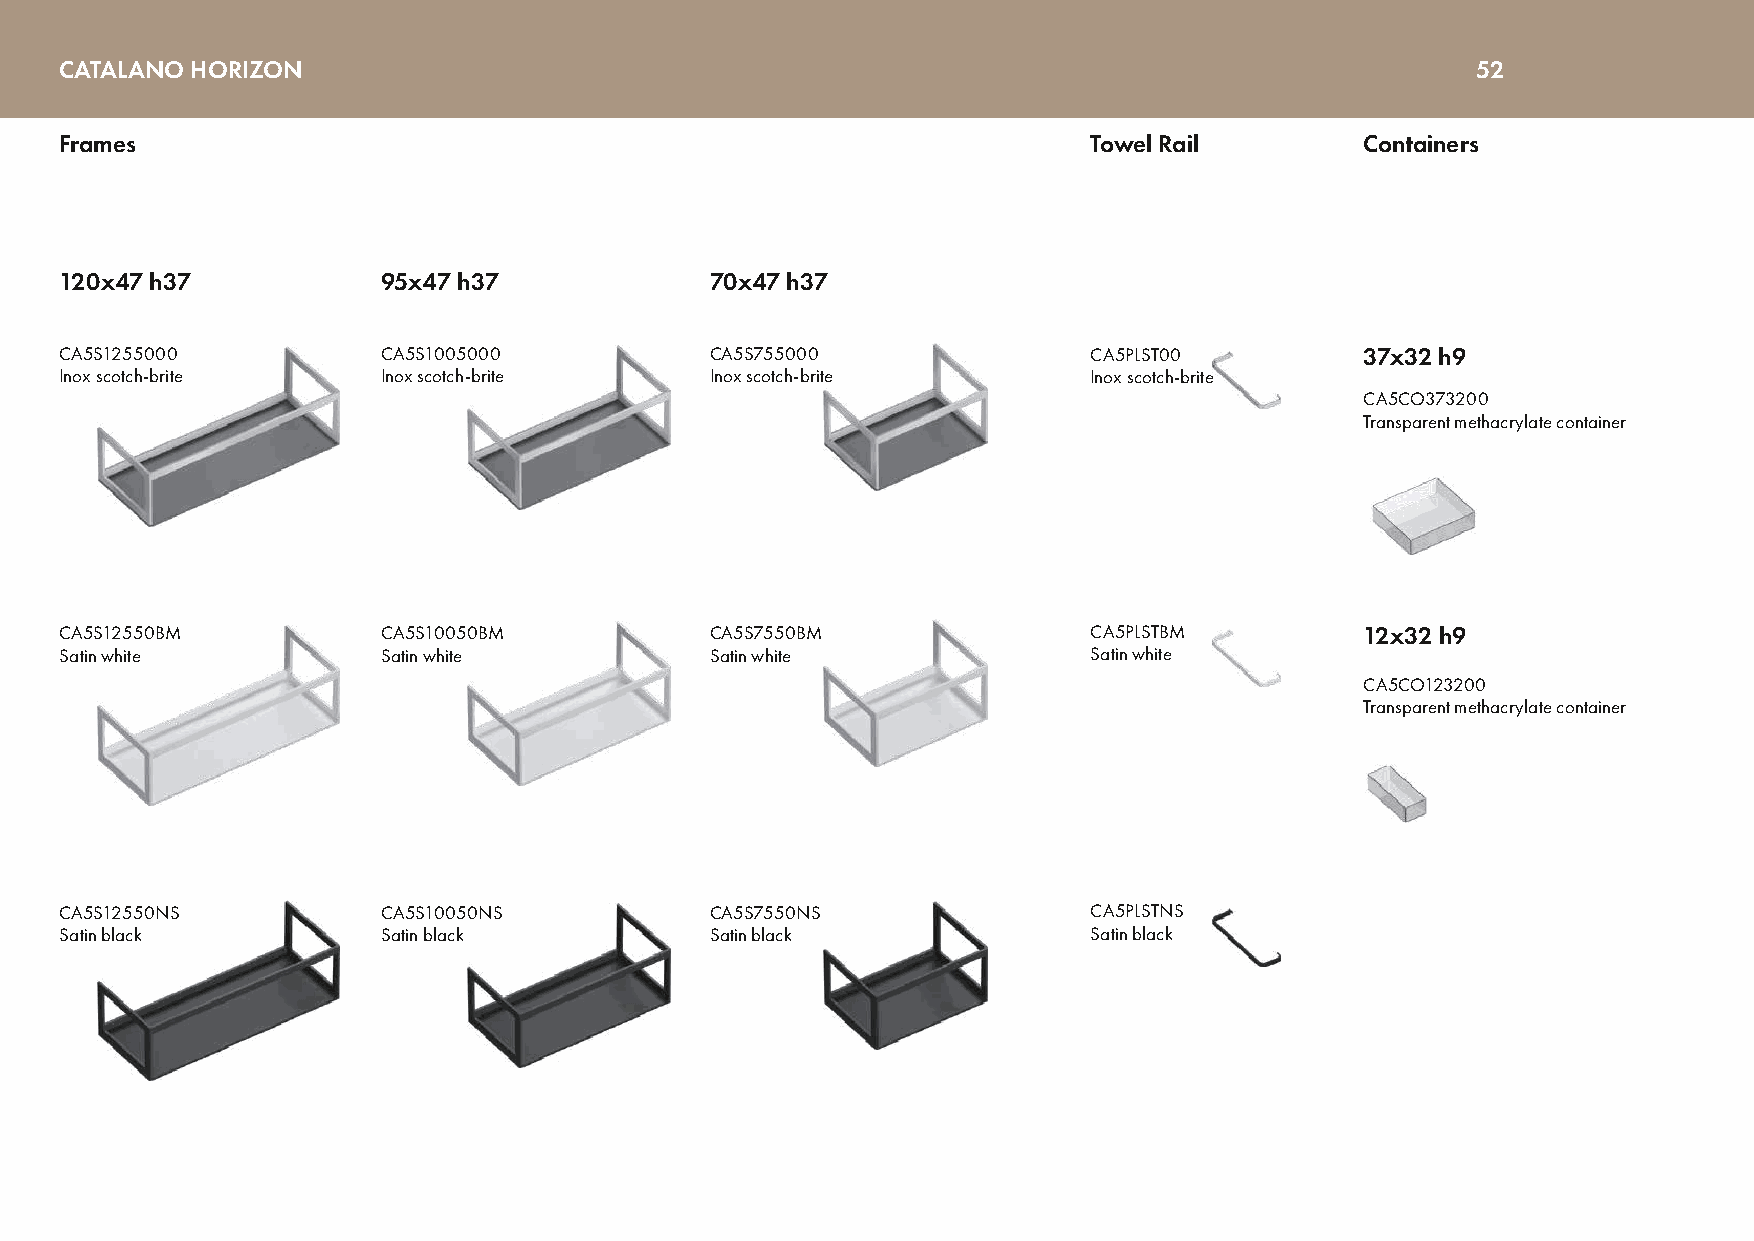
CCAATTAALLAANNOO HHOORRIIZZOONN                                                               52
 Frames                                                              Towel Rail        Containers
 120x47 h37           95x47 h37             70x47 h37
 CA5S1255000          CA5S1005000           CA5S755000               CA5PLST00         37x32 h9
 Inox scotch-brite    Inox scotch-brite     Inox scotch-brite        Inox scotch-brite
 CA5CO373200
 Transparent methacrylate container
 CA5S12550BM          CA5S10050BM           CA5S7550BM               CA5PLSTBM         12x32 h9
 Satin white          Satin white           Satin white              Satin white
 CA5CO123200
 Transparent methacrylate container
 CA5S12550NS          CA5S10050NS           CA5S7550NS               CA5PLSTNS
 Satin black          Satin black           Satin black              Satin black